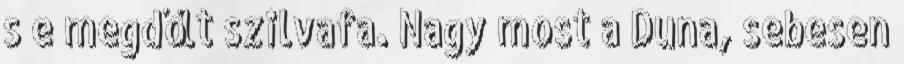
s e megdőlt szilvafa. Nagy most a Duna, sebesen